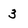
Character: 3